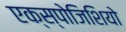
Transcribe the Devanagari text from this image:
एक्स्पोजिशियो